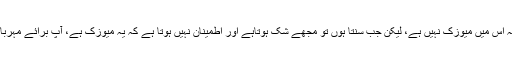
گانا سننا حرام ہے، بعض نعت ایسی ہوتی ہیں کہ ان پر بظاہر لکھا ہوتا ہے کہ اس میں میوزک نہیں ہے، لیکن جب سنتا ہوں تو مجھے شک ہوتاہے اور اطمینان نہیں ہوتا ہے کہ یہ میوزک ہے، آپ برائے مہربانی راہ نمائی فرمائیں کہ کیا کوئی طریقہ یا اصول ہے موسیقی کو جاننے کا؟